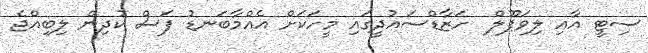
ސިޓީ އާއި ލިވަޕޫލް  ހަޒާޑްސައުދީގައި މީހަކަށް އެއްމާބަނޑު ފަސް ކުދިން ލިބިއްޖެ